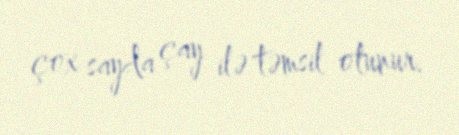
çox sayda çay ilə təmsil olunur.